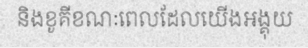
និងខូគីខណៈពេលដែលយើងអង្គុយ